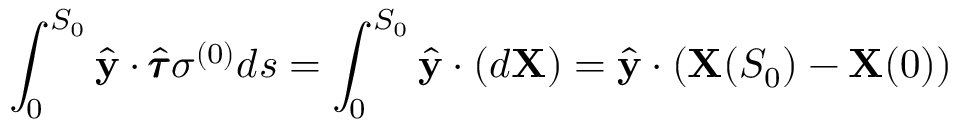
\int _ { 0 } ^ { S _ { 0 } } \hat { \mathbf { y } } \cdot \hat { \pmb { \tau } } \sigma ^ { ( 0 ) } d s = \int _ { 0 } ^ { S _ { 0 } } \hat { \mathbf { y } } \cdot ( d \mathbf { X } ) = \hat { \mathbf { y } } \cdot \left( \mathbf { X } ( S _ { 0 } ) - \mathbf { X } ( 0 ) \right)